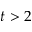
t > 2